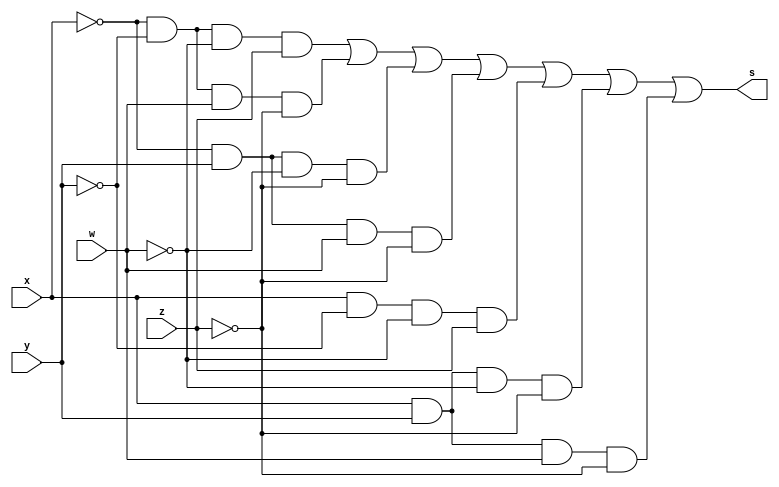
/*
 Guia_0403c.v - v0.0. - 28 / 08 / 2022
 Autor    : Gabriel Vargas Bento de Souza
 Matricula: 778023
 */

/* 
 Soma dso produtos
                  ___
f(x, y, w, z) =  \   m(1, 2, 4, 6, 9, 12, 14)  = SoP(1, 2, 4, 6, 9, 12, 14) = 1
                 /___
*/

/**
 SoP(1, 2, 4, 6, 9, 12, 14)
 */
module SoP (output s,
            input  x, y, w, z);
   assign s = (~x & ~y & ~w &  z)  // 1
            | (~x & ~y &  w & ~z)  // 2
            | (~x &  y & ~w & ~z)  // 4
            | (~x &  y &  w & ~z)  // 6
            | ( x & ~y & ~w &  z)  // 9
            | ( x &  y & ~w & ~z)  // 12
            | ( x &  y &  w & ~z); // 14
endmodule // SoP

/**
  Guia_0403c.v
 */
module Guia_0403c;
   reg  x, y, w, z;
   wire s1;
   
   // instancias
   SoP SOP (s, x, y, w, z);
   
   // valores iniciais
   initial begin: start
      x=1'bx; y=1'bx; x=1'bx; z=1'bx; // indefinidos
   end

   // parte principal
   initial begin: main
      // identificacao
       $display("Gabriel Vargas Bento de Souza - 778023");
       $display("Test boolean expression");
       $display("\n03.c) SoP(1, 2, 4, 6, 9, 12, 14)\n");

       // monitoramento
       $display(" x  y  w  z  SoP(1, 2, 4, 6, 9, 12, 14)");
       $monitor("%2b %2b %2b %2b %15b", x, y, w, z, s);

       // sinalizacao
       #1 x=0; y=0; w=0; z=0;
       #1 x=0; y=0; w=0; z=1;
       #1 x=0; y=0; w=1; z=0;
       #1 x=0; y=0; w=1; z=1;
       #1 x=0; y=1; w=0; z=0;
       #1 x=0; y=1; w=0; z=1;
       #1 x=0; y=1; w=1; z=0;
       #1 x=0; y=1; w=1; z=1;
       #1 x=1; y=0; w=0; z=0;
       #1 x=1; y=0; w=0; z=1;
       #1 x=1; y=0; w=1; z=0;
       #1 x=1; y=0; w=1; z=1;
       #1 x=1; y=1; w=0; z=0;
       #1 x=1; y=1; w=0; z=1;
       #1 x=1; y=1; w=1; z=0;
       #1 x=1; y=1; w=1; z=1;
   end
endmodule // Guia_0403c